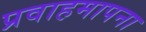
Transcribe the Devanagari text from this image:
प्रवाहमापना